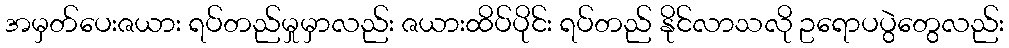
အမှတ်ပေးဇယား ရပ်တည်မှုမှာလည်း ဇယားထိပ်ပိုင်း ရပ်တည် နိုင်လာသလို ဥရောပပွဲတွေလည်း